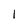
Character: l